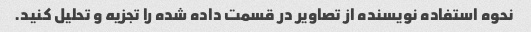
نحوه استفاده نویسنده از تصاویر در قسمت داده شده را تجزیه و تحلیل کنید.